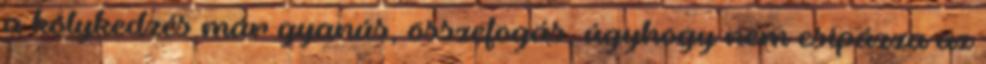
a kölykedzés már gyanús, összefogás, úgyhogy nem csipázza az